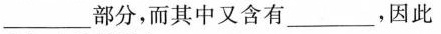
____部分，而其中又含有_____，因此